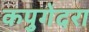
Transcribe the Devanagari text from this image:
कपुगेदरा